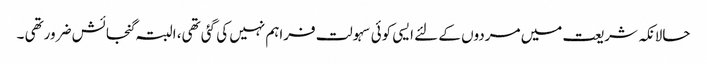
حالانکہ شریعت میں مردوں کے لئے ایسی کوئی سہولت فراہم نہیں کی گئی تھی، البتہ گنجائش ضرورتھی ۔